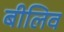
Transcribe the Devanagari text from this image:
बीलिव